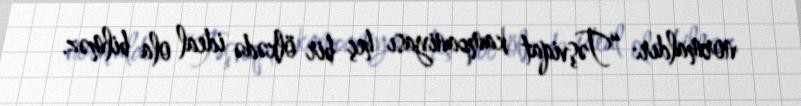
normaldır: “Təşviqat kampaniyası heç bir ölkədə ideal ola bilməz.